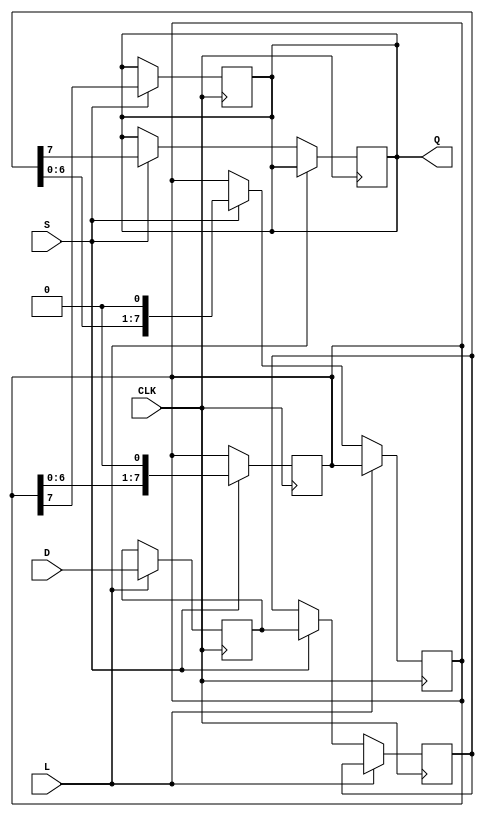
module TwoStagePISO #(
    parameter N = 8  // Parameter for the number of parallel input bits
)(
    input wire [N-1:0] D,    // Parallel input data
    input wire L,             // Load signal
    input wire S,             // Shift signal
    input wire CLK,           // Clock signal
    output reg Q              // Serial output data
);

    // Internal registers for the two stages of flip-flops
    reg [N-1:0] stage1;  // Stage 1 register
    reg [N-1:0] stage2;  // Stage 2 register
    reg [N-1:0] shift_reg; // Temporary shift register for shifting data

    // Sequential logic for loading and shifting
    always @(posedge CLK) begin
        if (L) begin
            // Load data into stage 1
            stage1 <= D;
        end else if (S) begin
            // Shift data from stage 1 to stage 2
            stage2 <= stage1;
            // Shift out the first bit of stage 2
            shift_reg <= {stage2[N-2:0], 1'b0}; // Shift left
            Q <= stage2[N-1]; // Output the MSB of stage 2
        end else begin
            // If neither Load nor Shift, keep Q unchanged
            Q <= Q; 
        end
    end

    // Shifting logic for serial output
    always @(posedge CLK) begin
        if (S) begin
            // Shift out the next bit from stage 2
            shift_reg <= {shift_reg[N-2:0], 1'b0}; // Shift left
            Q <= shift_reg[N-1]; // Output the MSB of shift_reg
        end
    end

endmodule